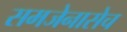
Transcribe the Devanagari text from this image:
समजेनासेच